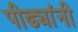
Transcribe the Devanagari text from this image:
पीढ्यांनी